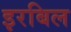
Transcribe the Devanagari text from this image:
इरबिल